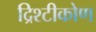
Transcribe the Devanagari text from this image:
द्रिश्टीकोण